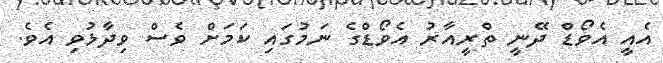
އެއީ އެވޯޑް ދޭނީ ތްރީއާރު އެވޯޑްގެ ނަމުގައި ކަމަށް ވެސް ވިދާޅުވި އެވެ.